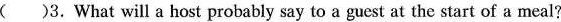
()3.What will a host probably say to a guest at the start of a meal? A."Can I help you?" B."Eat slowly!"